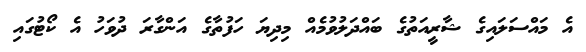
އެ މައްސަލައިގެ ޝާރީއަތުގެ ބައްދަލުވުމެއް މިދިޔަ ހަފުތާގެ އަންގާރަ ދުވަހު އެ ކޯޓުގައި